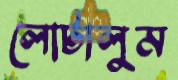
লোটালুম